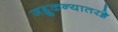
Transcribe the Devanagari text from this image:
जह्नुकन्यातरङ्गे